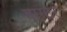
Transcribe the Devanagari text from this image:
मास्टर्